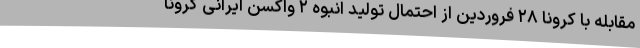
مقابله با کرونا ۲۸ فروردین از احتمال تولید انبوه ۲ واکسن ایرانی کرونا